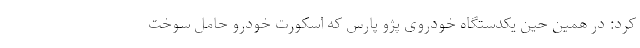
کرد: در همین حین یکدستگاه خودروی پژو پارس که اسکورت خودرو حامل سوخت